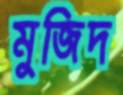
মুজিদ